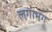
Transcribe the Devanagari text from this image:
लगाभग